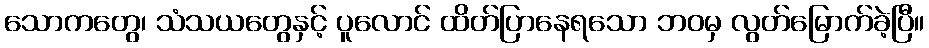
သောကတွေ၊ သံသယတွေနှင့် ပူလောင် ထိတ်ပြာနေရသော ဘဝမှ လွတ်မြောက်ခဲ့ပြီ။